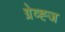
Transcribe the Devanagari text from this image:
ग्रेव्ह्ज